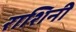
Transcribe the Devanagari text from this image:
राशिनी